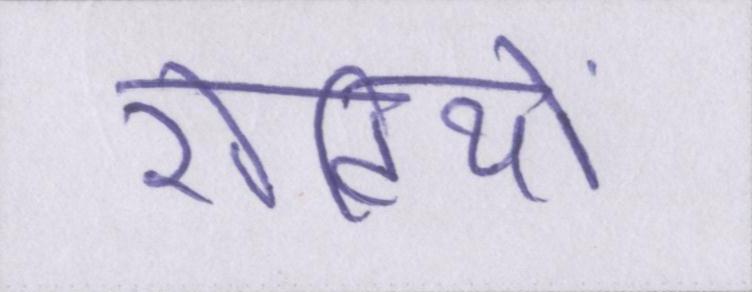
रोटियों